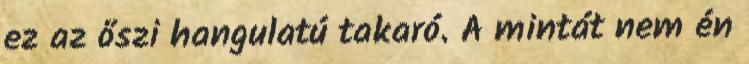
ez az őszi hangulatú takaró. A mintát nem én